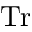
\mathrm { T r }